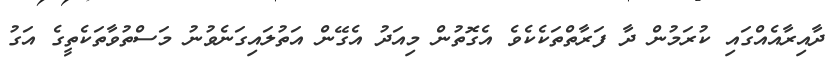
ދާއިރާއެއްގައި ކުރަމުން ދާ ފަރާތްތަކެކެވެ އެގޮތުން މިއަދު އެގޭން އަތުލައިގަނެވުނު މަސްތުވާތަކެތީގެ އަގު